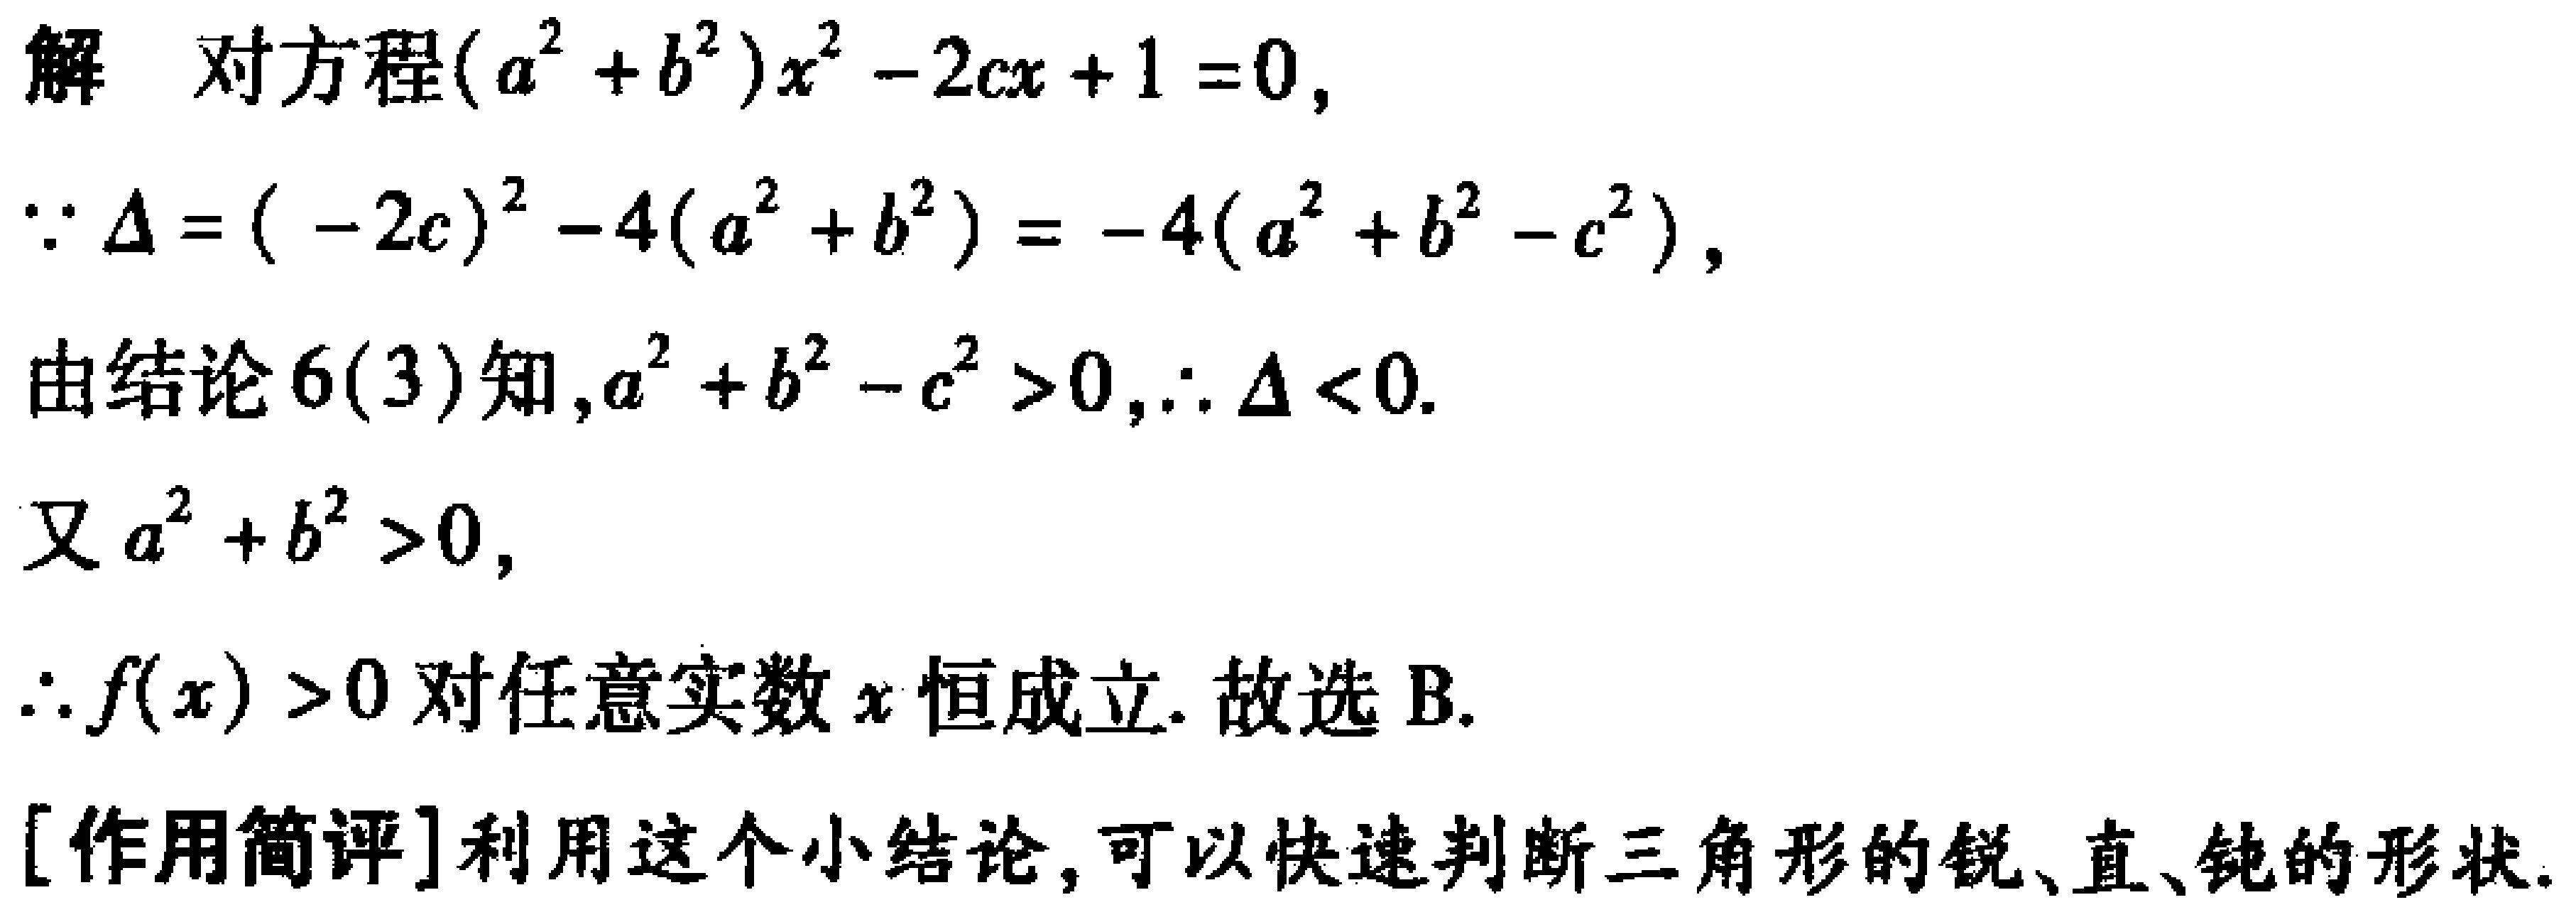
解 对方程\((a^{2}+b^{2})x^{2}-2cx + 1 = 0\)，
\(\because \Delta=(-2c)^{2}-4(a^{2}+b^{2})=-4(a^{2}+b^{2}-c^{2})\)，
由结论\(6(3)\)知，\(a^{2}+b^{2}-c^{2}>0\)，\(\therefore \Delta<0\).
又\(a^{2}+b^{2}>0\)，
\(\therefore f(x)>0\)对任意实数\(x\)恒成立. 故选B.
[作用简评]利用这个小结论，可以快速判断三角形的锐、直、钝的形状.